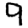
Digit: 9